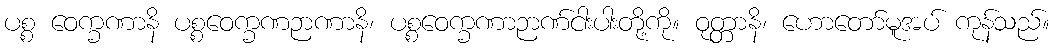
ပစ္စ ဝေက္ခဏာနိ ပစ္စဝေက္ခဏဉာဏာနိ၊ ပစ္စဝေက္ခဏာဉာဏ်ငါးပါးတို့ကို။ ဝုတ္တာနိ၊ ဟောတော်မူအပ် ကုန်သည်။